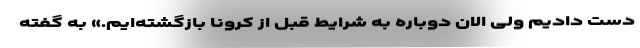
دست دادیم ولی الان دوباره به شرایط قبل از کرونا بازگشته‌ایم.» به گفته